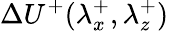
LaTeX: \Delta U^{+}(\lambda_{x}^{+},\lambda_{z}^{+})